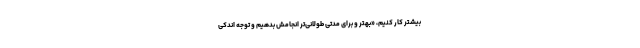
بیشتر کار کنیم، «بهتر و برای مدتی طولانی‌تر انجامش بدهیم و توجه اندکی